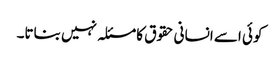
کوئی اسے انسانی حقوق کا مسئلہ نہیں بناتا۔